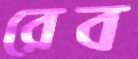
রেব